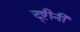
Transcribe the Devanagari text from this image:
दृष्टीनी